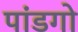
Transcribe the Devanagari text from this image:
पांडगो